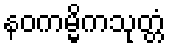
နဝကမ္မိကသုတ္တံ